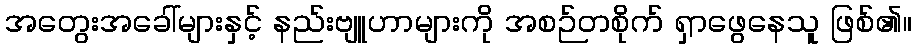
အတွေးအခေါ်များနှင့် နည်းဗျူဟာများကို အစဉ်တစိုက် ရှာဖွေနေသူ ဖြစ်၏။